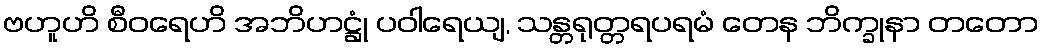
ဗဟူဟိ စီဝရေဟိ အဘိဟဋ္ဌုံ ပဝါရေယျ, သန္တရုတ္တရပရမံ တေန ဘိက္ခုနာ တတော